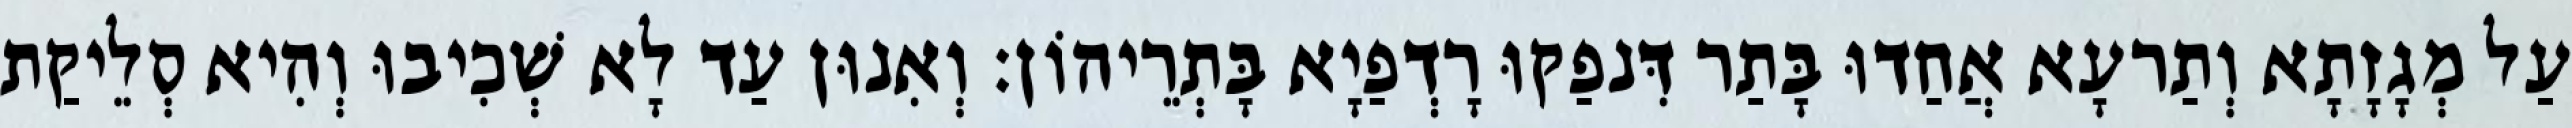
עַל מְגָזָתָא וְתַרעָא אֲחַדוּ בָּתַר דִּנפַקוּ רָדְפַיָא בָּתְרֵיהוֹן׃ וְאִנוּן עַד לָא שְׁכִיבוּ וְהִיא סְלֵיקַת